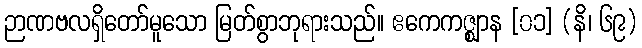
ဉာဏဗလရှိတော်မူသော မြတ်စွာဘုရားသည်။ ဧကေကဇ္ဈာန [၀၁] (နိ၊ ၆၉)